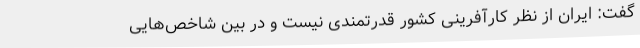
گفت: ایران از نظر کارآفرینی کشور قدرتمندی نیست و در بین شاخص‌هایی